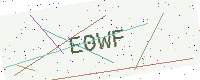
Text: E0WF